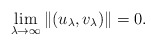
\begin{align*}\lim_{\lambda\to \infty}\|(u_{\lambda},v_{\lambda})\|=0.\end{align*}